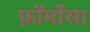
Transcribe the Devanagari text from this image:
फ़ॉर्मोसा